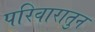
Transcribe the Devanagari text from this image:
परिवारातुन